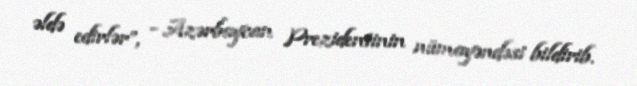
əldə edirlər”, - Azərbaycan Prezidentinin nümayəndəsi bildirib.